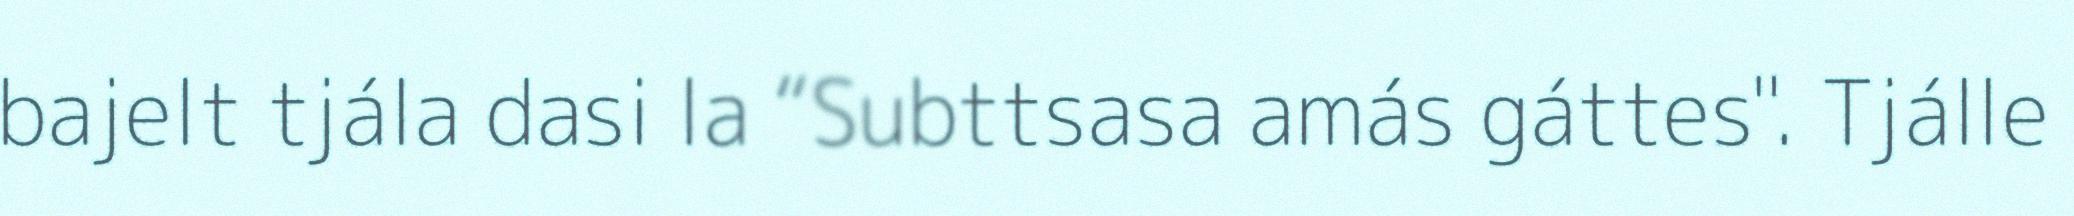
bajelt tjála dasi la “Subttsasa amás gáttes". Tjálle